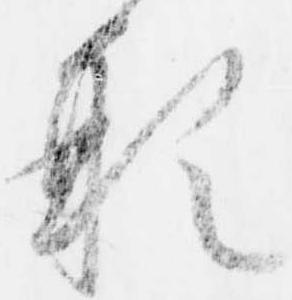
形